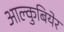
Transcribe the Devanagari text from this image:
आल्कुबियेर